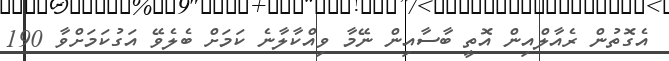
އެގޮތުން ރެއާލްއިން އޮތީ ބާސާއިން ނޭމާ ވިއްކާލާނެ ކަމަށް ބެލެވޭ އަގުކަމަށްވާ 190